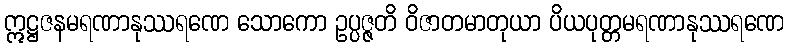
ဣဋ္ဌဇနမရဏာနုဿရဏေ သောကော ဥပ္ပဇ္ဇတိ ဝိဇာတမာတုယာ ပိယပုတ္တမရဏာနုဿရဏေ